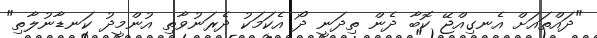
"ދައްތައަށް އެނގިއްޖޭ ކޮބާ ދެން ތިދަނީ ދޯ އެކަމަކު ދެރަނުވާތި އުންމީދު ކަނޑާނުލާތި"